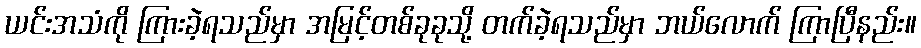
ယင်းအသံကို ကြားခဲ့ရသည်မှာ အမြင့်တစ်ခုခုသို့ တက်ခဲ့ရသည်မှာ ဘယ်လောက် ကြာပြီနည်း။